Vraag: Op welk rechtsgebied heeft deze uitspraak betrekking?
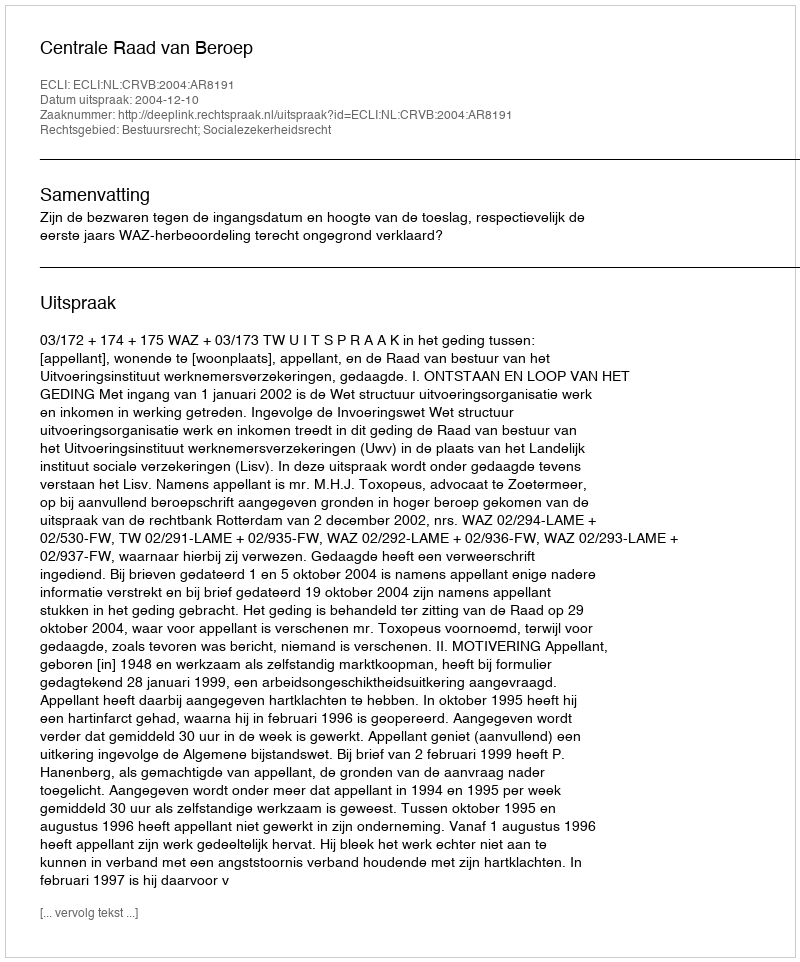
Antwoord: Bestuursrecht; Socialezekerheidsrecht